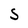
Character: S